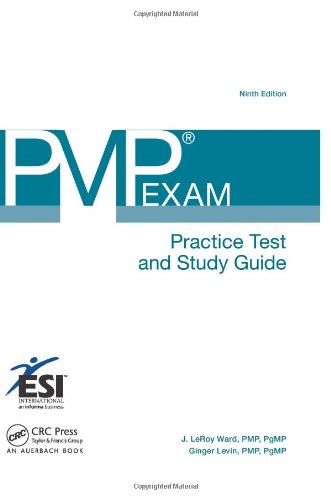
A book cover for PMPÂ® Exam Practice Test and Study Guide, Ninth Edition (ESI International Project Management Series); J. LeRoy Ward; Test Preparation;